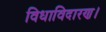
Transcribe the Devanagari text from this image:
विधाविदारण।